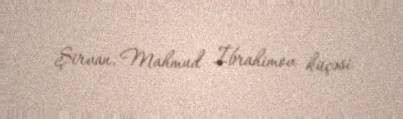
Şirvan, Mahmud İbrahimov küçəsi